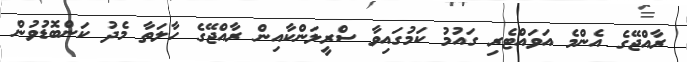
ރާއްޖޭގެ އެންމެ އަވައްޓެރި ގައުމު ކަމުގައިވާ ސްރީލަންކާއިން ރާއްޖޭގެ ހާލަތާ މެދު ކަންބޮޑުވުން